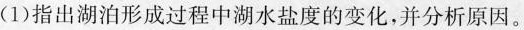
(1)指出湖泊形成过程中湖水盐度的变化，并分析原因。